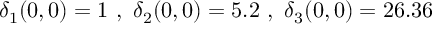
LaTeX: \delta _ { 1 } ( 0 , 0 ) = 1 ~ , ~ \delta _ { 2 } ( 0 , 0 ) = 5 . 2 ~ , ~ \delta _ { 3 } ( 0 , 0 ) = 2 6 . 3 6